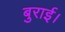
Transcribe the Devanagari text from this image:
बुराई।